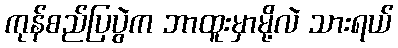
ကုန်စည်ပြပွဲက ဘာထူးမှာမို့လဲ သားရယ်